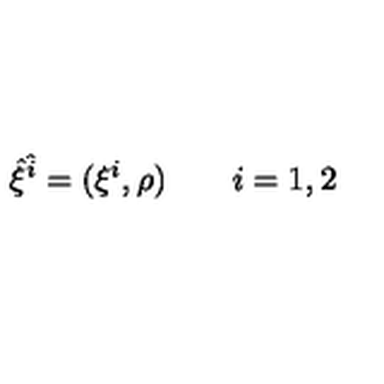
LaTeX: { \hat { \xi } } ^ { \hat { i } } = ( \xi ^ { i } , \rho ) \qquad i = 1 , 2